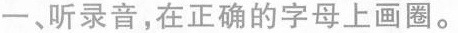
一、听录音，在正确的字母上画圈。